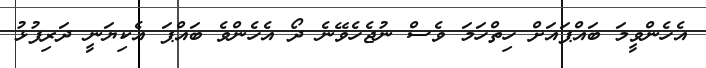
އެހެންވީމަ ބައްޕައަށް ހިތްހަމަ ވެސް ނުޖެހެވޭނެ ދޯ އެހެންވެ ބައްޕަ އެކިޔަނީ ދަރިފުޅު